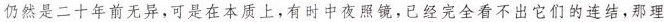
仍然是二十年前无异，可是在本质上，有时中夜照镜，已经完全看不出它们的连结，那理